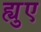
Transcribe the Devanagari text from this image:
ह्युए